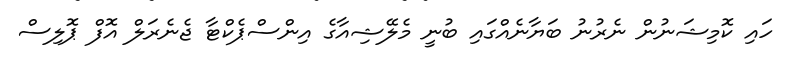
ހައި ކޮމިޝަނުން ނެރުނު ބަޔާނެއްގައި ބުނީ މެލޭޝިއާގެ އިންސްޕެކްޓާ ޖެނެރަލް އޮފް ޕޮލިސް